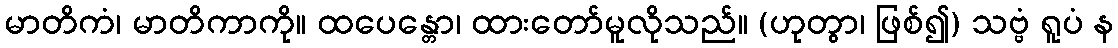
မာတိကံ၊ မာတိကာကို။ ထပေန္တော၊ ထားတော်မူလိုသည်။ (ဟုတွာ၊ ဖြစ်၍) သဗ္ဗံ ရူပံ န